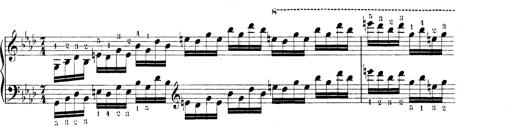
Title: Technische Studien
Composer: Franz Liszt